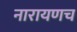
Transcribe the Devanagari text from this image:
नारायणच